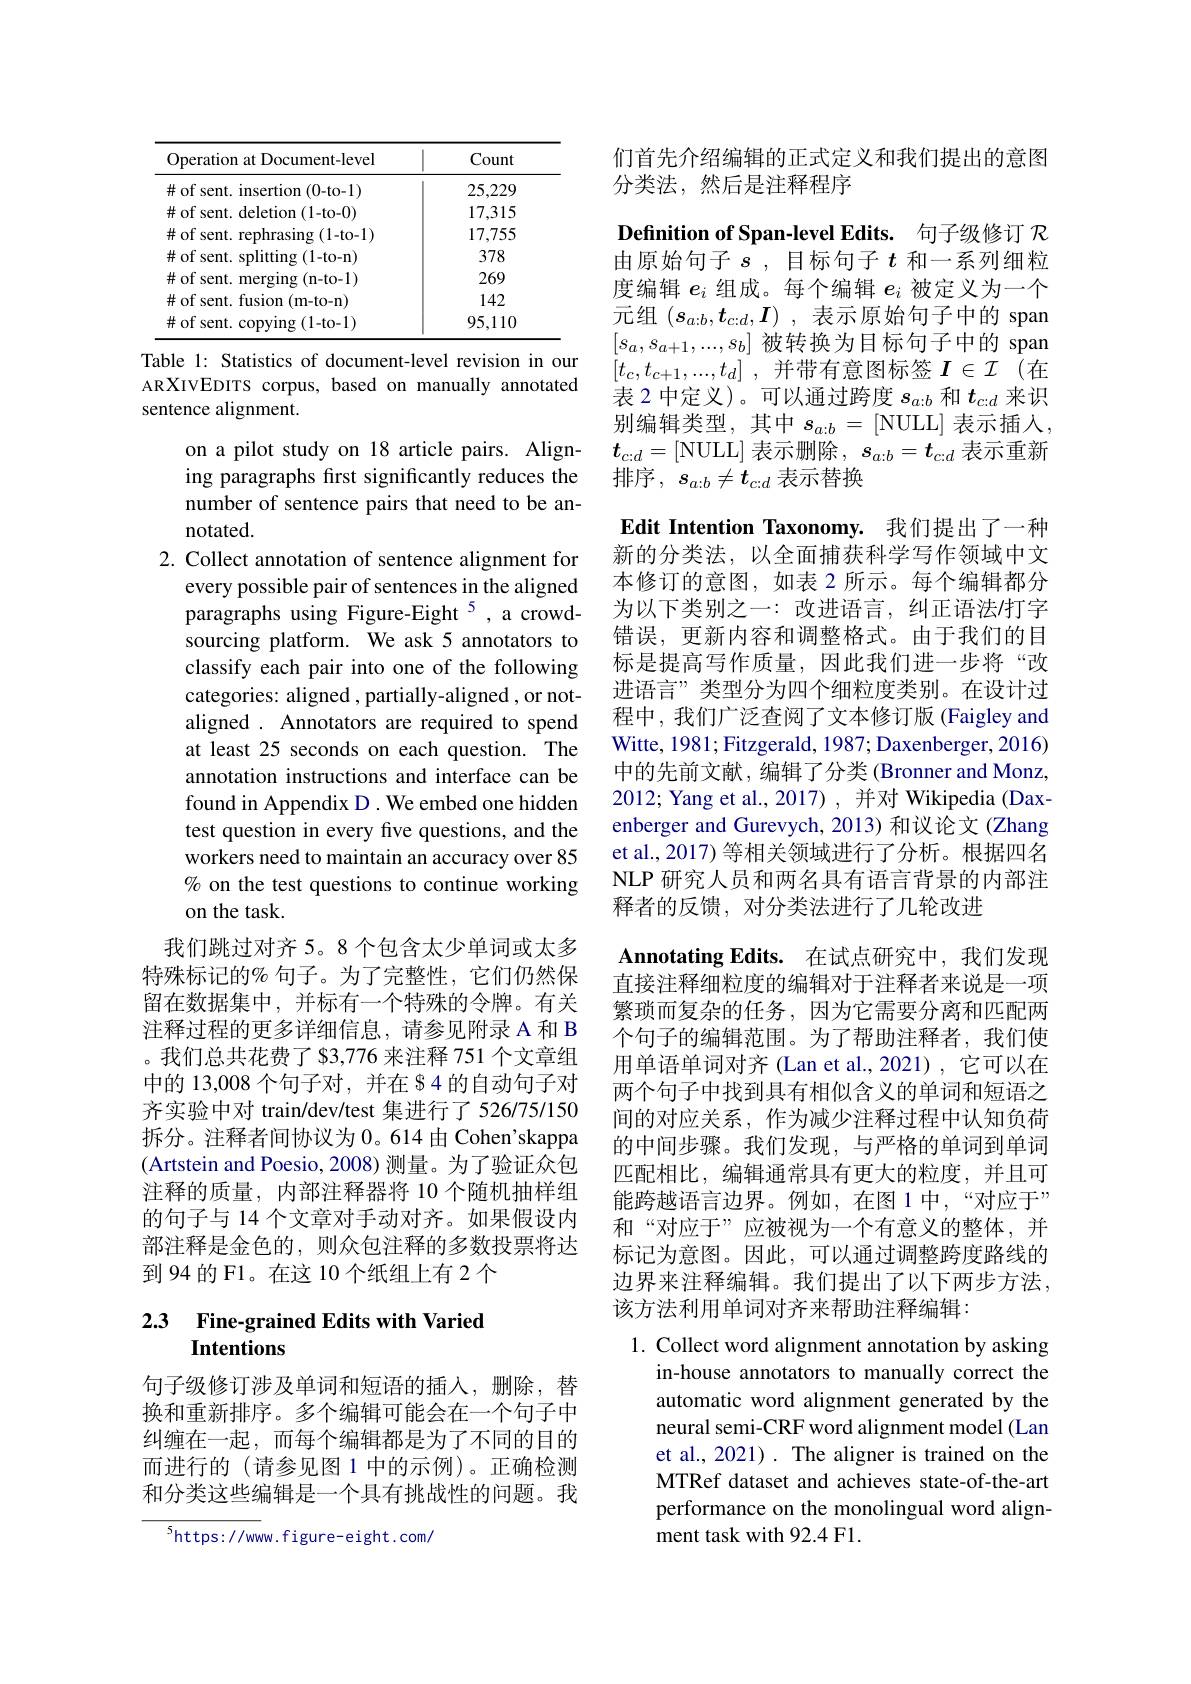
<table>
	<tbody>
		<tr>
			<th>Operation at Document-level</th>
			<th>Count</th>
		</tr>
		<tr>
			<td>$\#$ of sent. insertion (0-to-1)</td>
			<td>25,229</td>
		</tr>
		<tr>
			<td>$\#$ of sent. deletion (1-to-0)</td>
			<td>17,315</td>
		</tr>
		<tr>
			<td>$\#$ of sent. rephrasing(1-to-1)</td>
			<td>17,755</td>
		</tr>
		<tr>
			<td>$\#$ of sent. splitting $\mathbf{g} \left ( 1- \mathrm{to- n}\right )$</td>
			<td>378</td>
		</tr>
		<tr>
			<td>$\#$ of sent. merging (n-to-1)</td>
			<td>269</td>
		</tr>
		<tr>
			<td>$\#$ of sent. fusion (m-to-n)</td>
			<td>142</td>
		</tr>
		<tr>
			<td>$\#$ of sent. copying (1-to-1)</td>
			<td>95,110</td>
		</tr>
	</tbody>
</table>

Table 1: Statistics of document-level revision in our ARXIVEDITS corpus, based on manually annotated sentence alignment.

on a pilot study on 18 article pairs. Aligning paragraphs first significantly reduces the number of sentence pairs that need to be annotated.
2. Collect annotation of sentence alignment for
every possible pair of sentences in the aligned paragraphs using Figure-Eight $^{5}$, a crowdsourcing platform. We ask 5 annotators to classify each pair into one of the following categories: aligned , partially-aligned , or notaligned . Annotators are required to spend at least 25 seconds on each question. The annotation instructions and interface can be found in Appendix D. We embed one hidden test question in every five questions, and the workers need to maintain an accuracy over 85 % on the test questions to continue working on the task.
我们跳过对齐 5。8 个包含太少单词或太多特殊标记的% 句子。为了完整性，它们仍然保留在数据集中，并标有一个特殊的令牌。有关注释过程的更多详细信息，请参见附录 A 和 B 。我们总共花费了 83,776 来注释 751 个文章组中的 13,008 个句子对，并在 84 的自动句子对齐实验中对 train/dev/test 集进行了526/75/150拆分。注释者间协议为 0。614 由 Cohen'skappa (Artstein and Poesio, 2008) 测量。为了验证众包注释的质量，内部注释器将 10 个随机抽样组的句子与 14 个文章对手动对齐。如果假设内部注释是金色的，则众包注释的多数投票将达到94的F1。在这 10个纸组上有 2个

## 2.3 Fine-grained Edits with Varied Intentions

句子级修订涉及单词和短语的插人，删除，替换和重新排序。多个编辑可能会在一个句子中纠缠在一起，而每个编辑都是为了不同的目的而进行的 (请参见图 1 中的示例)。正确检测和分类这些编辑是一个具有挑战性的问题。我

$^{5}$https://www.figure-eight.com/

们首先介绍编辑的正式定义和我们提出的意图
分类法，然后是注释程序

Definition of Span-level Edits. 句子级修订$\mathcal{R}$ 由原始句子$s$ ,目标句子$t$和一系列细粒度编辑$e_i$组成。每个编辑$e_i$被定义为一个元组$( \boldsymbol{s}_a: b, \boldsymbol{t}_{c: d}, \boldsymbol{I})$ ,表示原始句子中的 span $[s_a,s_{a+1},...,s_b]$被转换为目标句子中的 span $[ t_c, t_{c+ 1}, . . . , t_d]$ ,并带有意图标签$I\in\mathcal{I}$(在表 2 中定义)。可以通过跨度$s_{a:b}$和$t_{c:d}$来识别编辑类型，其中$s_{a:b}=[$NULL]表示插人， $t_{c:d}=[$NULL] 表示删除$,s_a:b=t_{c:d}$表示重新排序$,s_{a:b}\neq t_{c:d}$表示替换
Edit Intention Taxonomy. 我们提出了一种新的分类法，以全面捕获科学写作领域中文本修订的意图，如表 2 所示。每个编辑都分为以下类别之一：改进语言，纠正语法打字错误，更新内容和调整格式。由于我们的目标是提高写作质量，因此我们进一步将“改进语言”类型分为四个细粒度类别。在设计过程中，我们广泛查阅了文本修订版(Faigley and Witte, 1981; Fitzgerald, 1987; Daxenberger, 2016) 中的先前文献，编辑了分类 (Bronner and Monz, 2012; Yang et al., 2017) , 并对 Wikipedia (Daxenberger and Gurevych, 2013) 和议论文 (Zhang et al.,2017) 等相关领域进行了分析。根据四名NLP 研究人员和两名具有语言背景的内部注释者的反馈，对分类法进行了几轮改进
Annotating Edits. 在试点研究中，我们发现直接注释细粒度的编辑对于注释者来说是一项繁琐而复杂的任务，因为它需要分离和匹配两个句子的编辑范围。为了帮助注释者，我们使用单语单词对齐 (Lan et al.,2021) ,它可以在两个句子中找到具有相似含义的单词和短语之间的对应关系，作为减少注释过程中认知负荷的中间步骤。我们发现，与严格的单词到单词匹配相比，编辑通常具有更大的粒度，并且可能跨越语言边界。例如，在图 1 中，“对应于” 和“对应于”,应被视为一个有意义的整体，并标记为意图。因此，可以通过调整跨度路线的边界来注释编辑。我们提出了以下两步方法， 该方法利用单词对齐来帮助注释编辑：
1. Collect word alignment annotation by asking

in-house annotators to manually correct the automatic word alignment generated by the neural semi-CRF word alignment model (Lan et al., 2021) . The aligner is trained on the MTRef dataset and achieves state-of-the-art performance on the monolingual word alignment task with 92.4 F1.